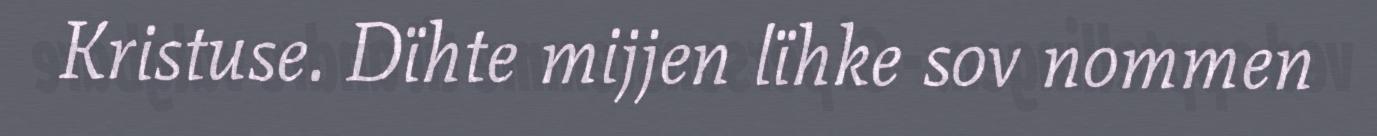
Kristuse. Dïhte mijjen lïhke sov nommen